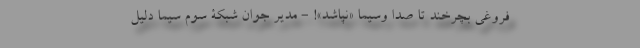
فروغی بچرخند تا صدا و‌سیما «نپاشد»! - مدیر جوان شبکۀ سوم سیما دلیل